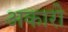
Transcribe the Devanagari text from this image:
अकारी